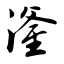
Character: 滏